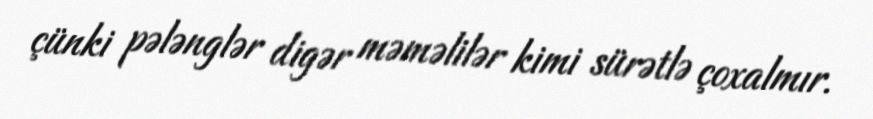
çünki pələnglər digər məməlilər kimi sürətlə çoxalmır.